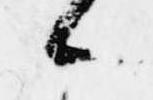
候